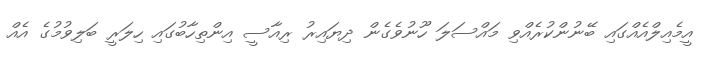
އީމެއިލްއެއްގައި ބޭނުންކުރެއްވި މައްސަލަ ހޫނުވެގެން ދިޔައިރު ރިއާސީ އިންތިހާބުގައި ހިލަރީ ބަލިވުމުގެ އެއް